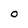
Character: o